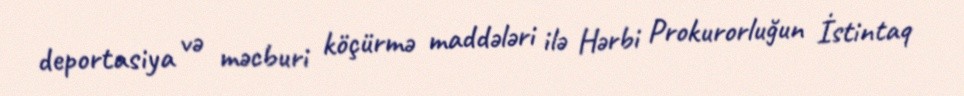
deportasiya və məcburi köçürmə maddələri ilə Hərbi Prokurorluğun İstintaq